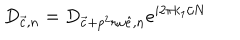
D _ { { \vec { c } } , n } = D _ { { \vec { c } } + p ^ { 2 } r \omega { \hat { e } } , n } e ^ { i 2 \pi k _ { 1 } / N }